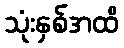
သုံးနှစ်အထိ